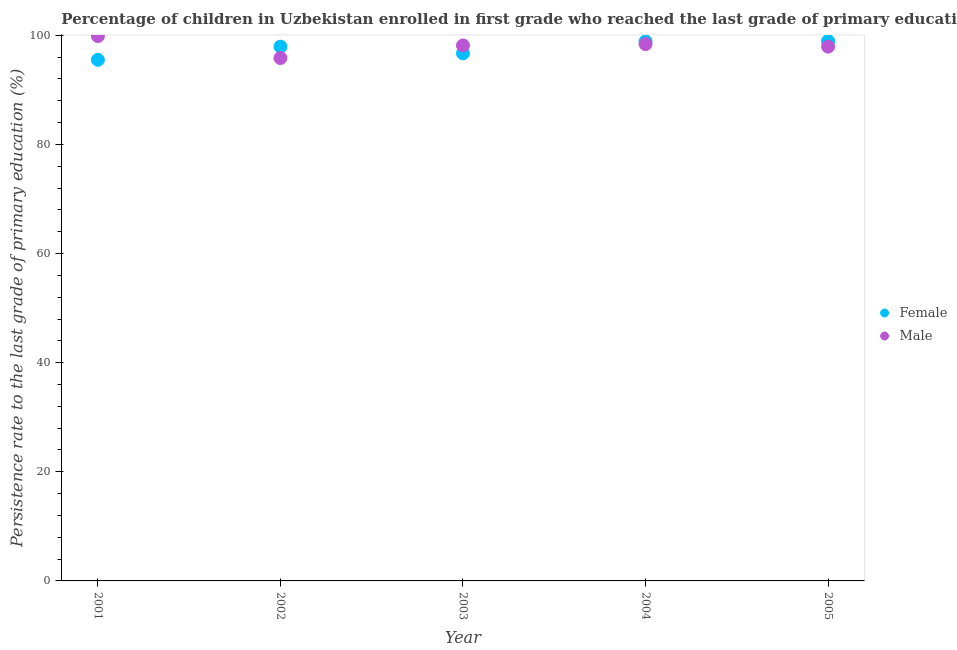
| Year | Female | Male |
 | --- | --- | --- |
 | 2001 | 95.5 | 99.9 |
 | 2002 | 97.9 | 95.8 |
 | 2003 | 96.7 | 98.1 |
 | 2004 | 98.9 | 98.4 |
 | 2005 | 99 | 97.9 |